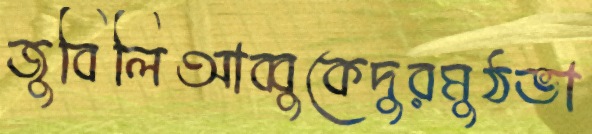
জুবিলিআব্বুকেদুরমুঠভা